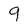
Character: 9